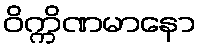
ဝိက္ကိဏမာနော